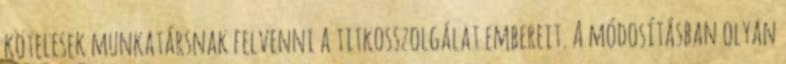
kötelesek munkatársnak felvenni a titkosszolgálat embereit. A módosításban olyan